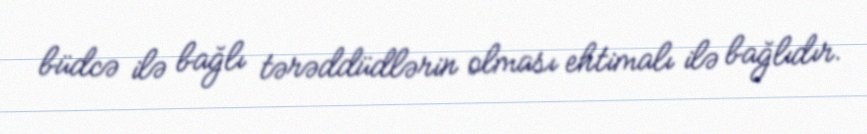
büdcə ilə bağlı tərəddüdlərin olması ehtimalı ilə bağlıdır.